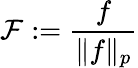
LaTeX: \mathcal{F}:={\frac{{f}}{{\| f\| _{p}}}}